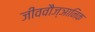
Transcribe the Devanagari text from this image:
जीववौज्ञानिक